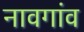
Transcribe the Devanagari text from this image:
नावगांव